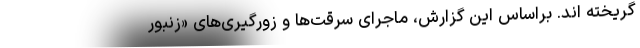
گریخته اند. براساس این گزارش، ماجرای سرقت‌ها و زورگیری‌های «زنبور